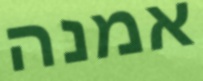
אמנה